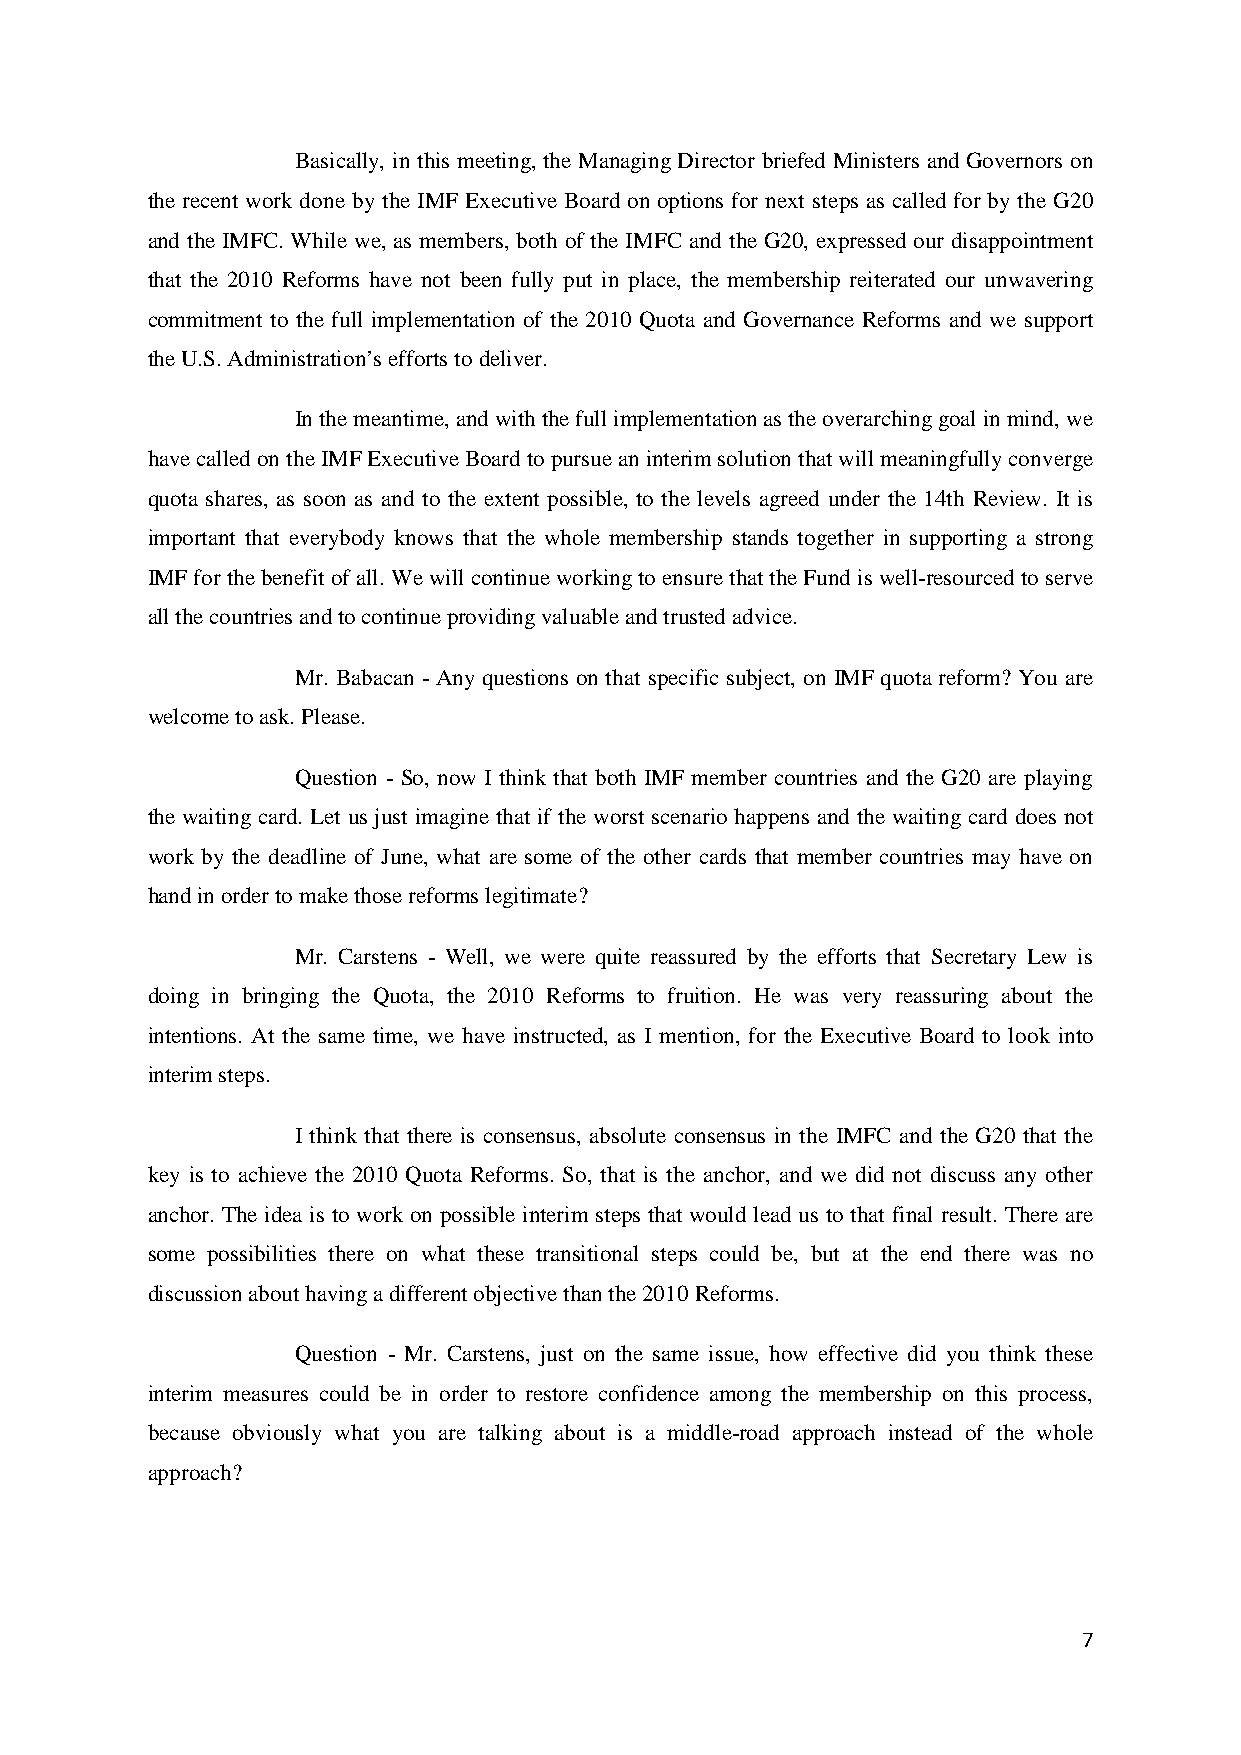
Basically, in this meeting, the Managing Director briefed Ministers and Governors on
 the recent work done by the IMF Executive Board on options for next steps as called for by the G20
 and the IMFC. While we, as members, both of the IMFC and the G20, expressed our disappointment
 that the 2010 Reforms have not been fully put in place, the membership reiterated our unwavering
 commitment to the full implementation of the 2010 Quota and Governance Reforms and we support
 the U.S. Administration’s efforts to deliver.
 In the meantime, and with the full implementation as the overarching goal in mind, we
 have called on the IMF Executive Board to pursue an interim solution that will meaningfully converge
 quota shares, as soon as and to the extent possible, to the levels agreed under the 14th Review. It is
 important that everybody knows that the whole membership stands together in supporting a strong
 IMF for the benefit of all. We will continue working to ensure that the Fund is well-resourced to serve
 all the countries and to continue providing valuable and trusted advice.
 Mr. Babacan - Any questions on that specific subject, on IMF quota reform? You are
 welcome to ask. Please.
 Question - So, now I think that both IMF member countries and the G20 are playing
 the waiting card. Let us just imagine that if the worst scenario happens and the waiting card does not
 work by the deadline of June, what are some of the other cards that member countries may have on
 hand in order to make those reforms legitimate?
 Mr. Carstens - Well, we were quite reassured by the efforts that Secretary Lew is
 doing in bringing the Quota, the 2010 Reforms to fruition. He was very reassuring about the
 intentions. At the same time, we have instructed, as I mention, for the Executive Board to look into
 interim steps.
 I think that there is consensus, absolute consensus in the IMFC and the G20 that the
 key is to achieve the 2010 Quota Reforms. So, that is the anchor, and we did not discuss any other
 anchor. The idea is to work on possible interim steps that would lead us to that final result. There are
 some possibilities there on what these transitional steps could be, but at the end there was no
 discussion about having a different objective than the 2010 Reforms.
 Question - Mr. Carstens, just on the same issue, how effective did you think these
 interim measures could be in order to restore confidence among the membership on this process,
 because obviously what you are talking about is a middle-road approach instead of the whole
 approach?
 7